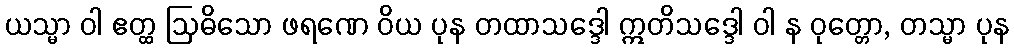
ယသ္မာ ဝါ ဧတ္ထ ဩဓိသော ဖရဏေ ဝိယ ပုန တထာသဒ္ဒေါ ဣတိသဒ္ဒေါ ဝါ န ဝုတ္တော, တသ္မာ ပုန